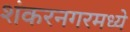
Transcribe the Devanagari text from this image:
शंकरनगरमध्ये